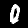
Digit: 0